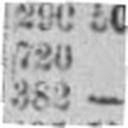
382 —